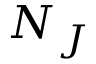
N _ { J }